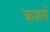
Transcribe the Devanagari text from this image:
क्रशरों